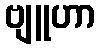
ဗျူဟာ